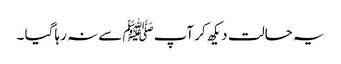
یہ حالت دیکھ کر آپﷺ سے نہ رہا گیا ۔